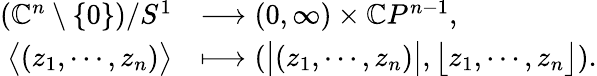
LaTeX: \begin{array}{rl}{(\mathbb{C}^{n}\setminus\{ 0\} )/S^{1}}&{\longrightarrow(0,\infty)\times\mathbb{C}P^{n-1},}\\ {\big\langle(z_{1},\cdots,z_{n})\big\rangle}&{\longmapsto(\big|(z_{1},\cdots,z_{n})\big|,\big\lfloor z_{1},\cdots,z_{n}\big\rfloor).}\end{array}